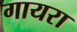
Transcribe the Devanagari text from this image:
गायरा